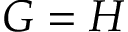
G = H